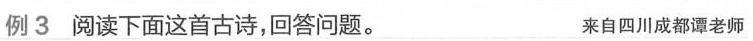
例3阅读下面这首古诗，回答问题。 来自四川成都谭老师